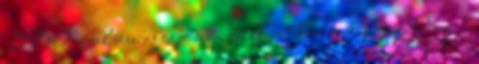
BBQ jóval visszafogottabb a grillezett húshoz képest. Ahogy a